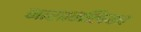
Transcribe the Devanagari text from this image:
नासानलिका